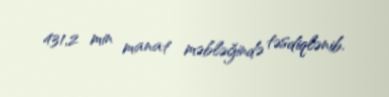
431,2 min manat məbləğində təsdiqlənib.